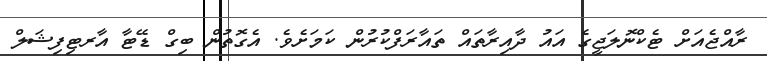
ރާއްޖެއަށް ޓެކްނޮލަޖީގެ އައު ދާއިރާތައް ތައާރަފްކުރުން ކަމަށެވެ. އެގޮތުން ބިގް ޑޭޓާ އާރޓިފިޝަލް